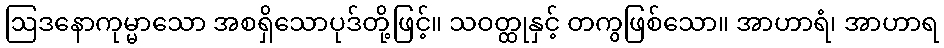
ဩဒနောကုမ္မာသော အစရှိသောပုဒ်တို့ဖြင့်။ သဝတ္ထုနှင့် တကွဖြစ်သော။ အာဟာရံ၊ အာဟာရ